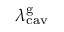
\lambda _ { \mathrm { c a v } } ^ { \mathrm { g } }